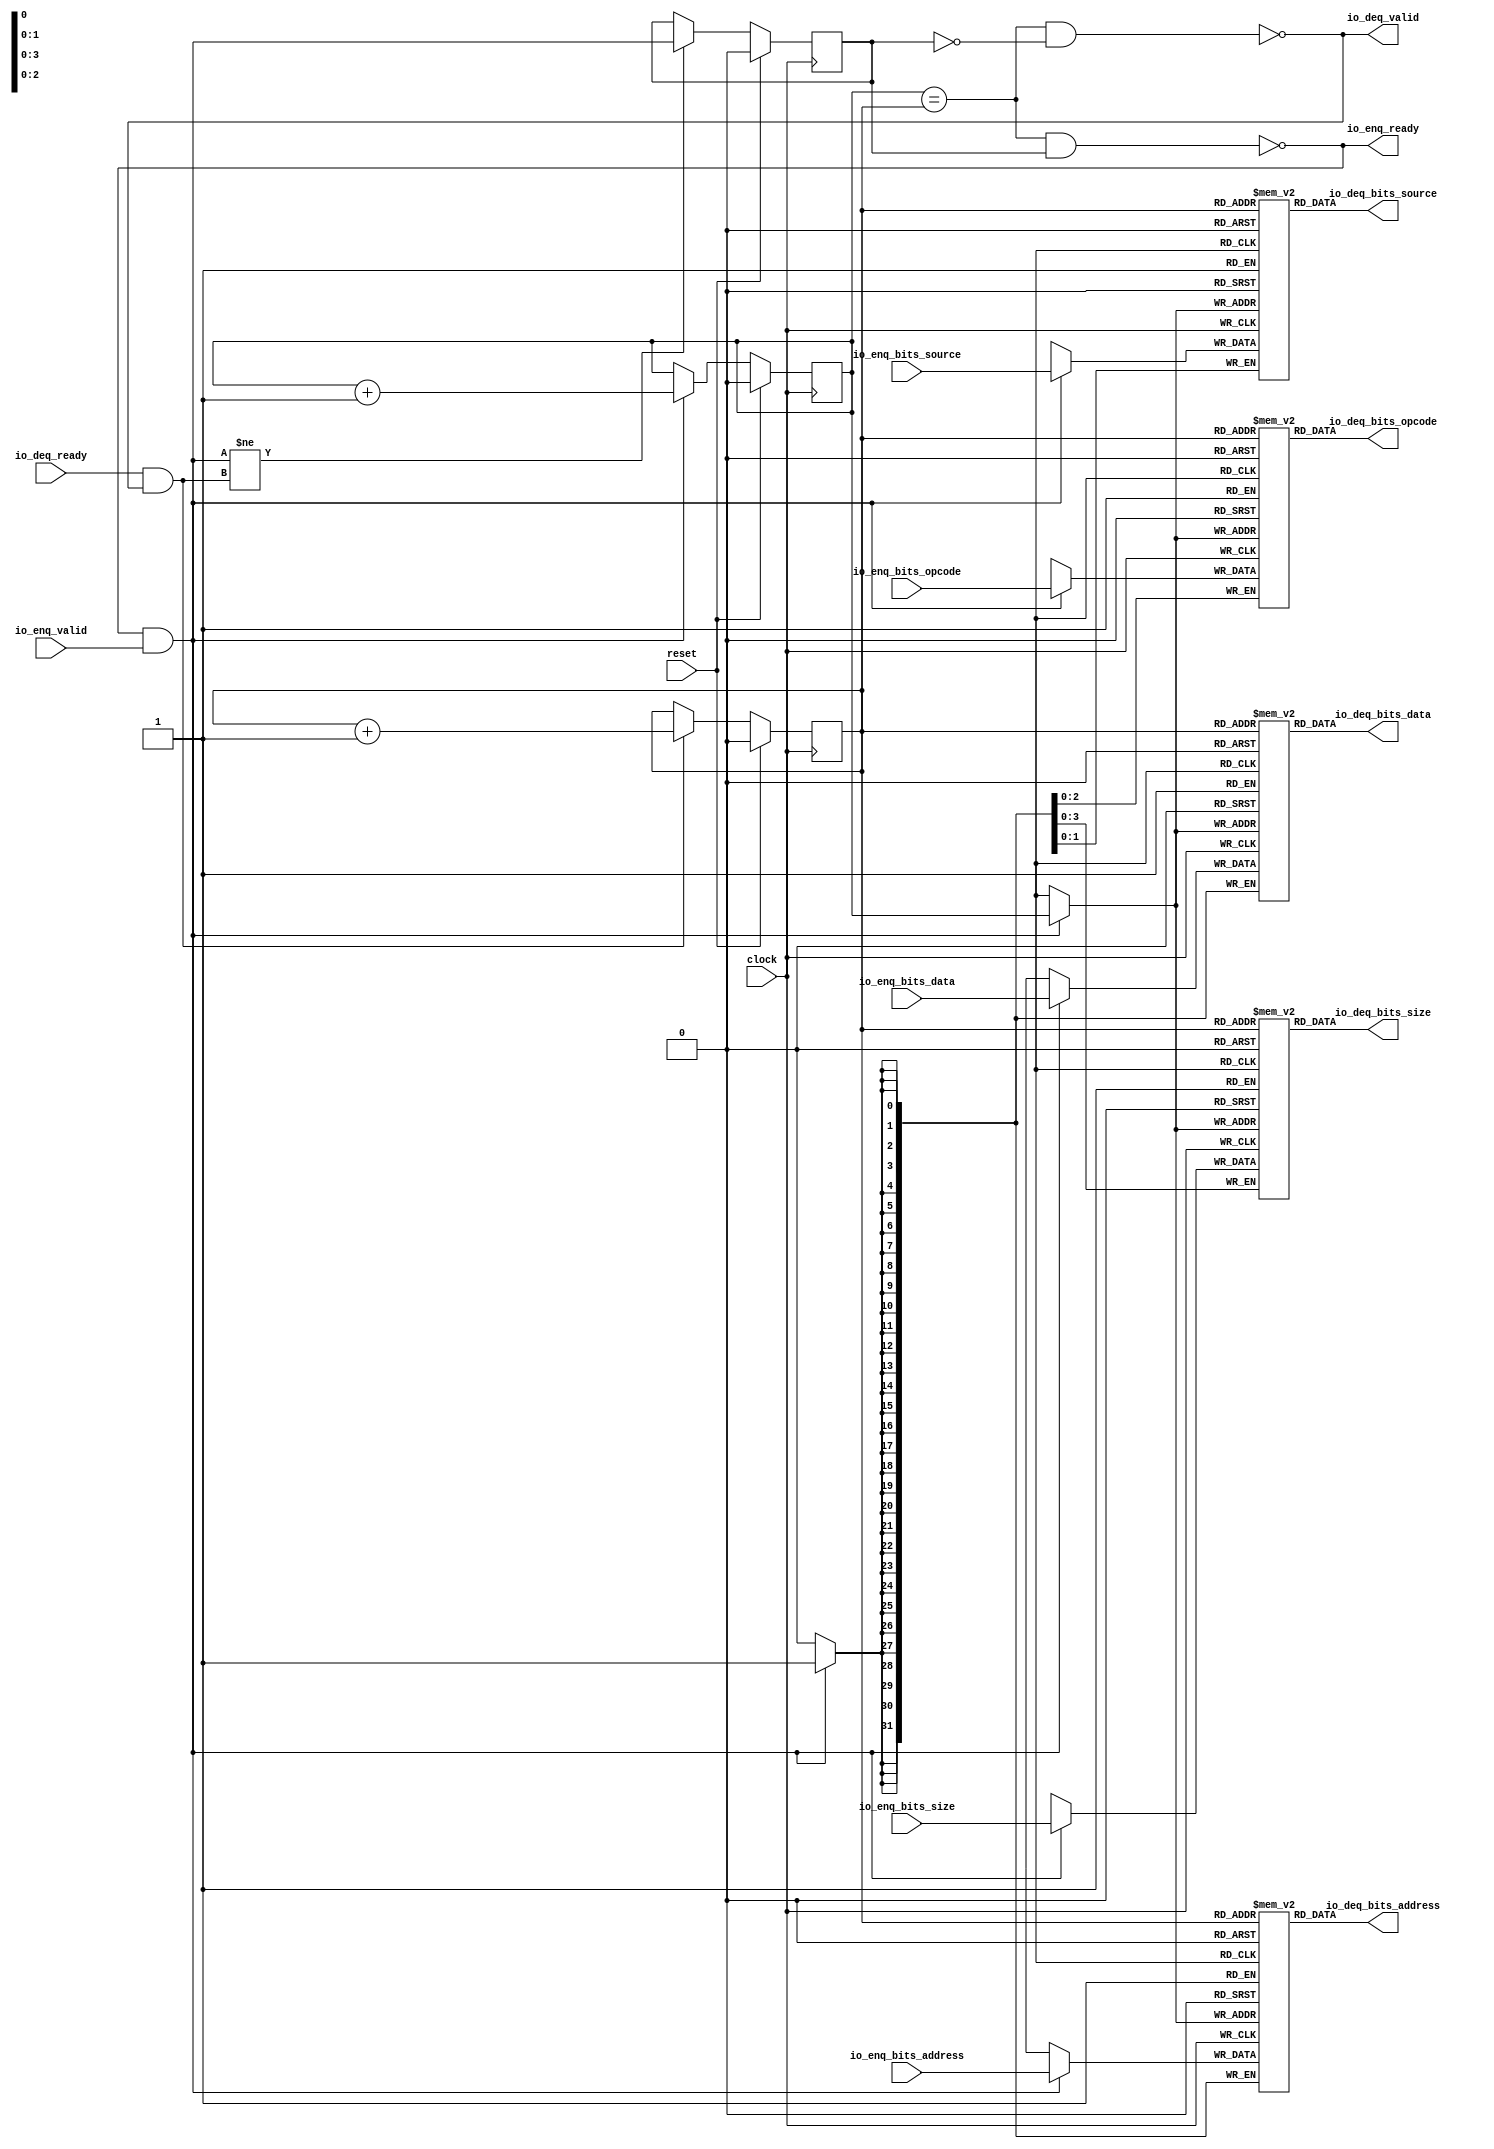
// Copyright (c) 2017, Microsemi Corporation
// All rights reserved.
//
// Redistribution and use in source and binary forms, with or without
// modification, are permitted provided that the following conditions are met:
//     * Redistributions of source code must retain the above copyright
//       notice, this list of conditions and the following disclaimer.
//     * Redistributions in binary form must reproduce the above copyright
//       notice, this list of conditions and the following disclaimer in the
//       documentation and/or other materials provided with the distribution.
//     * Neither the name of the <organization> nor the
//       names of its contributors may be used to endorse or promote products
//       derived from this software without specific prior written permission.
//
// THIS SOFTWARE IS PROVIDED BY THE COPYRIGHT HOLDERS AND CONTRIBUTORS "AS IS" AND
// ANY EXPRESS OR IMPLIED WARRANTIES, INCLUDING, BUT NOT LIMITED TO, THE IMPLIED
// WARRANTIES OF MERCHANTABILITY AND FITNESS FOR A PARTICULAR PURPOSE ARE
// DISCLAIMED. IN NO EVENT SHALL MICROSEMI CORPORATIONM BE LIABLE FOR ANY
// DIRECT, INDIRECT, INCIDENTAL, SPECIAL, EXEMPLARY, OR CONSEQUENTIAL DAMAGES
// (INCLUDING, BUT NOT LIMITED TO, PROCUREMENT OF SUBSTITUTE GOODS OR SERVICES;
// LOSS OF USE, DATA, OR PROFITS; OR BUSINESS INTERRUPTION) HOWEVER CAUSED AND
// ON ANY THEORY OF LIABILITY, WHETHER IN CONTRACT, STRICT LIABILITY, OR TORT
// (INCLUDING NEGLIGENCE OR OTHERWISE) ARISING IN ANY WAY OUT OF THE USE OF THIS
// SOFTWARE, EVEN IF ADVISED OF THE POSSIBILITY OF SUCH DAMAGE.
//
// APACHE LICENSE
// Copyright (c) 2017, Microsemi Corporation 
//
// Licensed under the Apache License, Version 2.0 (the "License");
// you may not use this file except in compliance with the License.
// You may obtain a copy of the License at
//
//    http://www.apache.org/licenses/LICENSE-2.0
//
// Unless required by applicable law or agreed to in writing, software
// distributed under the License is distributed on an "AS IS" BASIS,
// WITHOUT WARRANTIES OR CONDITIONS OF ANY KIND, either express or implied.
// See the License for the specific language governing permissions and
// limitations under the License.
//
// Description:
//
// SVN Revision Information:
// SVN $Revision: $
// SVN $Date: $
//
// Resolved SARs
// SAR      Date     Who   Description
//
// Notes:
//
// ****************************************************************************/
`ifndef RANDOMIZE_REG_INIT 
	 `define RANDOMIZE_REG_INIT 
 `endif
`ifndef RANDOMIZE_MEM_INIT 
	 `define RANDOMIZE_MEM_INIT 
 `endif
`ifndef RANDOMIZE 
	 `define RANDOMIZE 
`endif

`timescale 1ns/10ps
module MiV_AXI_MiV_AXI_0_MIV_RV32IMA_L1_AXI_QUEUE_14( // @[:freechips.rocketchip.system.MivRV32ImaL1AhbConfig.fir@106845.2]
  input         clock, // @[:freechips.rocketchip.system.MivRV32ImaL1AhbConfig.fir@106846.4]
  input         reset, // @[:freechips.rocketchip.system.MivRV32ImaL1AhbConfig.fir@106847.4]
  output        io_enq_ready, // @[:freechips.rocketchip.system.MivRV32ImaL1AhbConfig.fir@106848.4]
  input         io_enq_valid, // @[:freechips.rocketchip.system.MivRV32ImaL1AhbConfig.fir@106848.4]
  input  [2:0]  io_enq_bits_opcode, // @[:freechips.rocketchip.system.MivRV32ImaL1AhbConfig.fir@106848.4]
  input  [3:0]  io_enq_bits_size, // @[:freechips.rocketchip.system.MivRV32ImaL1AhbConfig.fir@106848.4]
  input  [1:0]  io_enq_bits_source, // @[:freechips.rocketchip.system.MivRV32ImaL1AhbConfig.fir@106848.4]
  input  [31:0] io_enq_bits_address, // @[:freechips.rocketchip.system.MivRV32ImaL1AhbConfig.fir@106848.4]
  input  [31:0] io_enq_bits_data, // @[:freechips.rocketchip.system.MivRV32ImaL1AhbConfig.fir@106848.4]
  input         io_deq_ready, // @[:freechips.rocketchip.system.MivRV32ImaL1AhbConfig.fir@106848.4]
  output        io_deq_valid, // @[:freechips.rocketchip.system.MivRV32ImaL1AhbConfig.fir@106848.4]
  output [2:0]  io_deq_bits_opcode, // @[:freechips.rocketchip.system.MivRV32ImaL1AhbConfig.fir@106848.4]
  output [3:0]  io_deq_bits_size, // @[:freechips.rocketchip.system.MivRV32ImaL1AhbConfig.fir@106848.4]
  output [1:0]  io_deq_bits_source, // @[:freechips.rocketchip.system.MivRV32ImaL1AhbConfig.fir@106848.4]
  output [31:0] io_deq_bits_address, // @[:freechips.rocketchip.system.MivRV32ImaL1AhbConfig.fir@106848.4]
  output [31:0] io_deq_bits_data // @[:freechips.rocketchip.system.MivRV32ImaL1AhbConfig.fir@106848.4]
);
  reg [2:0] ram_opcode [0:1] /* synthesis syn_ramstyle = "registers" */; // @[Decoupled.scala 211:24:freechips.rocketchip.system.MivRV32ImaL1AhbConfig.fir@106850.4]
  reg [31:0] _RAND_0;
  wire [2:0] ram_opcode__T_50_data; // @[Decoupled.scala 211:24:freechips.rocketchip.system.MivRV32ImaL1AhbConfig.fir@106850.4]
  wire  ram_opcode__T_50_addr; // @[Decoupled.scala 211:24:freechips.rocketchip.system.MivRV32ImaL1AhbConfig.fir@106850.4]
  wire [2:0] ram_opcode__T_36_data; // @[Decoupled.scala 211:24:freechips.rocketchip.system.MivRV32ImaL1AhbConfig.fir@106850.4]
  wire  ram_opcode__T_36_addr; // @[Decoupled.scala 211:24:freechips.rocketchip.system.MivRV32ImaL1AhbConfig.fir@106850.4]
  wire  ram_opcode__T_36_mask; // @[Decoupled.scala 211:24:freechips.rocketchip.system.MivRV32ImaL1AhbConfig.fir@106850.4]
  wire  ram_opcode__T_36_en; // @[Decoupled.scala 211:24:freechips.rocketchip.system.MivRV32ImaL1AhbConfig.fir@106850.4]
  reg [3:0] ram_size [0:1] /* synthesis syn_ramstyle = "registers" */; // @[Decoupled.scala 211:24:freechips.rocketchip.system.MivRV32ImaL1AhbConfig.fir@106850.4]
  reg [31:0] _RAND_1;
  wire [3:0] ram_size__T_50_data; // @[Decoupled.scala 211:24:freechips.rocketchip.system.MivRV32ImaL1AhbConfig.fir@106850.4]
  wire  ram_size__T_50_addr; // @[Decoupled.scala 211:24:freechips.rocketchip.system.MivRV32ImaL1AhbConfig.fir@106850.4]
  wire [3:0] ram_size__T_36_data; // @[Decoupled.scala 211:24:freechips.rocketchip.system.MivRV32ImaL1AhbConfig.fir@106850.4]
  wire  ram_size__T_36_addr; // @[Decoupled.scala 211:24:freechips.rocketchip.system.MivRV32ImaL1AhbConfig.fir@106850.4]
  wire  ram_size__T_36_mask; // @[Decoupled.scala 211:24:freechips.rocketchip.system.MivRV32ImaL1AhbConfig.fir@106850.4]
  wire  ram_size__T_36_en; // @[Decoupled.scala 211:24:freechips.rocketchip.system.MivRV32ImaL1AhbConfig.fir@106850.4]
  reg [1:0] ram_source [0:1] /* synthesis syn_ramstyle = "registers" */; // @[Decoupled.scala 211:24:freechips.rocketchip.system.MivRV32ImaL1AhbConfig.fir@106850.4]
  reg [31:0] _RAND_2;
  wire [1:0] ram_source__T_50_data; // @[Decoupled.scala 211:24:freechips.rocketchip.system.MivRV32ImaL1AhbConfig.fir@106850.4]
  wire  ram_source__T_50_addr; // @[Decoupled.scala 211:24:freechips.rocketchip.system.MivRV32ImaL1AhbConfig.fir@106850.4]
  wire [1:0] ram_source__T_36_data; // @[Decoupled.scala 211:24:freechips.rocketchip.system.MivRV32ImaL1AhbConfig.fir@106850.4]
  wire  ram_source__T_36_addr; // @[Decoupled.scala 211:24:freechips.rocketchip.system.MivRV32ImaL1AhbConfig.fir@106850.4]
  wire  ram_source__T_36_mask; // @[Decoupled.scala 211:24:freechips.rocketchip.system.MivRV32ImaL1AhbConfig.fir@106850.4]
  wire  ram_source__T_36_en; // @[Decoupled.scala 211:24:freechips.rocketchip.system.MivRV32ImaL1AhbConfig.fir@106850.4]
  reg [31:0] ram_address [0:1] /* synthesis syn_ramstyle = "registers" */; // @[Decoupled.scala 211:24:freechips.rocketchip.system.MivRV32ImaL1AhbConfig.fir@106850.4]
  reg [31:0] _RAND_3;
  wire [31:0] ram_address__T_50_data; // @[Decoupled.scala 211:24:freechips.rocketchip.system.MivRV32ImaL1AhbConfig.fir@106850.4]
  wire  ram_address__T_50_addr; // @[Decoupled.scala 211:24:freechips.rocketchip.system.MivRV32ImaL1AhbConfig.fir@106850.4]
  wire [31:0] ram_address__T_36_data; // @[Decoupled.scala 211:24:freechips.rocketchip.system.MivRV32ImaL1AhbConfig.fir@106850.4]
  wire  ram_address__T_36_addr; // @[Decoupled.scala 211:24:freechips.rocketchip.system.MivRV32ImaL1AhbConfig.fir@106850.4]
  wire  ram_address__T_36_mask; // @[Decoupled.scala 211:24:freechips.rocketchip.system.MivRV32ImaL1AhbConfig.fir@106850.4]
  wire  ram_address__T_36_en; // @[Decoupled.scala 211:24:freechips.rocketchip.system.MivRV32ImaL1AhbConfig.fir@106850.4]
  reg [31:0] ram_data [0:1] /* synthesis syn_ramstyle = "registers" */; // @[Decoupled.scala 211:24:freechips.rocketchip.system.MivRV32ImaL1AhbConfig.fir@106850.4]
  reg [31:0] _RAND_4;
  wire [31:0] ram_data__T_50_data; // @[Decoupled.scala 211:24:freechips.rocketchip.system.MivRV32ImaL1AhbConfig.fir@106850.4]
  wire  ram_data__T_50_addr; // @[Decoupled.scala 211:24:freechips.rocketchip.system.MivRV32ImaL1AhbConfig.fir@106850.4]
  wire [31:0] ram_data__T_36_data; // @[Decoupled.scala 211:24:freechips.rocketchip.system.MivRV32ImaL1AhbConfig.fir@106850.4]
  wire  ram_data__T_36_addr; // @[Decoupled.scala 211:24:freechips.rocketchip.system.MivRV32ImaL1AhbConfig.fir@106850.4]
  wire  ram_data__T_36_mask; // @[Decoupled.scala 211:24:freechips.rocketchip.system.MivRV32ImaL1AhbConfig.fir@106850.4]
  wire  ram_data__T_36_en; // @[Decoupled.scala 211:24:freechips.rocketchip.system.MivRV32ImaL1AhbConfig.fir@106850.4]
  reg  value; // @[Counter.scala 26:33:freechips.rocketchip.system.MivRV32ImaL1AhbConfig.fir@106851.4]
  reg [31:0] _RAND_5;
  reg  value_1; // @[Counter.scala 26:33:freechips.rocketchip.system.MivRV32ImaL1AhbConfig.fir@106852.4]
  reg [31:0] _RAND_6;
  reg  maybe_full; // @[Decoupled.scala 214:35:freechips.rocketchip.system.MivRV32ImaL1AhbConfig.fir@106853.4]
  reg [31:0] _RAND_7;
  wire  _T_28; // @[Decoupled.scala 216:41:freechips.rocketchip.system.MivRV32ImaL1AhbConfig.fir@106854.4]
  wire  _T_30; // @[Decoupled.scala 217:36:freechips.rocketchip.system.MivRV32ImaL1AhbConfig.fir@106855.4]
  wire  empty; // @[Decoupled.scala 217:33:freechips.rocketchip.system.MivRV32ImaL1AhbConfig.fir@106856.4]
  wire  _T_31; // @[Decoupled.scala 218:32:freechips.rocketchip.system.MivRV32ImaL1AhbConfig.fir@106857.4]
  wire  do_enq; // @[Decoupled.scala 30:37:freechips.rocketchip.system.MivRV32ImaL1AhbConfig.fir@106858.4]
  wire  do_deq; // @[Decoupled.scala 30:37:freechips.rocketchip.system.MivRV32ImaL1AhbConfig.fir@106861.4]
  wire [1:0] _T_39; // @[Counter.scala 35:22:freechips.rocketchip.system.MivRV32ImaL1AhbConfig.fir@106874.6]
  wire  _T_40; // @[Counter.scala 35:22:freechips.rocketchip.system.MivRV32ImaL1AhbConfig.fir@106875.6]
  wire  _GEN_10; // @[Decoupled.scala 222:17:freechips.rocketchip.system.MivRV32ImaL1AhbConfig.fir@106864.4]
  wire [1:0] _T_43; // @[Counter.scala 35:22:freechips.rocketchip.system.MivRV32ImaL1AhbConfig.fir@106880.6]
  wire  _T_44; // @[Counter.scala 35:22:freechips.rocketchip.system.MivRV32ImaL1AhbConfig.fir@106881.6]
  wire  _GEN_11; // @[Decoupled.scala 226:17:freechips.rocketchip.system.MivRV32ImaL1AhbConfig.fir@106878.4]
  wire  _T_45; // @[Decoupled.scala 229:16:freechips.rocketchip.system.MivRV32ImaL1AhbConfig.fir@106884.4]
  wire  _GEN_12; // @[Decoupled.scala 229:27:freechips.rocketchip.system.MivRV32ImaL1AhbConfig.fir@106885.4]
  wire  _T_47; // @[Decoupled.scala 233:19:freechips.rocketchip.system.MivRV32ImaL1AhbConfig.fir@106888.4]
  wire  _T_49; // @[Decoupled.scala 234:19:freechips.rocketchip.system.MivRV32ImaL1AhbConfig.fir@106890.4]
  assign ram_opcode__T_50_addr = value_1;
  assign ram_opcode__T_50_data = ram_opcode[ram_opcode__T_50_addr]; // @[Decoupled.scala 211:24:freechips.rocketchip.system.MivRV32ImaL1AhbConfig.fir@106850.4]
  assign ram_opcode__T_36_data = io_enq_bits_opcode;
  assign ram_opcode__T_36_addr = value;
  assign ram_opcode__T_36_mask = do_enq;
  assign ram_opcode__T_36_en = do_enq;
  assign ram_size__T_50_addr = value_1;
  assign ram_size__T_50_data = ram_size[ram_size__T_50_addr]; // @[Decoupled.scala 211:24:freechips.rocketchip.system.MivRV32ImaL1AhbConfig.fir@106850.4]
  assign ram_size__T_36_data = io_enq_bits_size;
  assign ram_size__T_36_addr = value;
  assign ram_size__T_36_mask = do_enq;
  assign ram_size__T_36_en = do_enq;
  assign ram_source__T_50_addr = value_1;
  assign ram_source__T_50_data = ram_source[ram_source__T_50_addr]; // @[Decoupled.scala 211:24:freechips.rocketchip.system.MivRV32ImaL1AhbConfig.fir@106850.4]
  assign ram_source__T_36_data = io_enq_bits_source;
  assign ram_source__T_36_addr = value;
  assign ram_source__T_36_mask = do_enq;
  assign ram_source__T_36_en = do_enq;
  assign ram_address__T_50_addr = value_1;
  assign ram_address__T_50_data = ram_address[ram_address__T_50_addr]; // @[Decoupled.scala 211:24:freechips.rocketchip.system.MivRV32ImaL1AhbConfig.fir@106850.4]
  assign ram_address__T_36_data = io_enq_bits_address;
  assign ram_address__T_36_addr = value;
  assign ram_address__T_36_mask = do_enq;
  assign ram_address__T_36_en = do_enq;
  assign ram_data__T_50_addr = value_1;
  assign ram_data__T_50_data = ram_data[ram_data__T_50_addr]; // @[Decoupled.scala 211:24:freechips.rocketchip.system.MivRV32ImaL1AhbConfig.fir@106850.4]
  assign ram_data__T_36_data = io_enq_bits_data;
  assign ram_data__T_36_addr = value;
  assign ram_data__T_36_mask = do_enq;
  assign ram_data__T_36_en = do_enq;
  assign _T_28 = value == value_1; // @[Decoupled.scala 216:41:freechips.rocketchip.system.MivRV32ImaL1AhbConfig.fir@106854.4]
  assign _T_30 = maybe_full == 1'h0; // @[Decoupled.scala 217:36:freechips.rocketchip.system.MivRV32ImaL1AhbConfig.fir@106855.4]
  assign empty = _T_28 & _T_30; // @[Decoupled.scala 217:33:freechips.rocketchip.system.MivRV32ImaL1AhbConfig.fir@106856.4]
  assign _T_31 = _T_28 & maybe_full; // @[Decoupled.scala 218:32:freechips.rocketchip.system.MivRV32ImaL1AhbConfig.fir@106857.4]
  assign do_enq = io_enq_ready & io_enq_valid; // @[Decoupled.scala 30:37:freechips.rocketchip.system.MivRV32ImaL1AhbConfig.fir@106858.4]
  assign do_deq = io_deq_ready & io_deq_valid; // @[Decoupled.scala 30:37:freechips.rocketchip.system.MivRV32ImaL1AhbConfig.fir@106861.4]
  assign _T_39 = value + 1'h1; // @[Counter.scala 35:22:freechips.rocketchip.system.MivRV32ImaL1AhbConfig.fir@106874.6]
  assign _T_40 = _T_39[0:0]; // @[Counter.scala 35:22:freechips.rocketchip.system.MivRV32ImaL1AhbConfig.fir@106875.6]
  assign _GEN_10 = do_enq ? _T_40 : value; // @[Decoupled.scala 222:17:freechips.rocketchip.system.MivRV32ImaL1AhbConfig.fir@106864.4]
  assign _T_43 = value_1 + 1'h1; // @[Counter.scala 35:22:freechips.rocketchip.system.MivRV32ImaL1AhbConfig.fir@106880.6]
  assign _T_44 = _T_43[0:0]; // @[Counter.scala 35:22:freechips.rocketchip.system.MivRV32ImaL1AhbConfig.fir@106881.6]
  assign _GEN_11 = do_deq ? _T_44 : value_1; // @[Decoupled.scala 226:17:freechips.rocketchip.system.MivRV32ImaL1AhbConfig.fir@106878.4]
  assign _T_45 = do_enq != do_deq; // @[Decoupled.scala 229:16:freechips.rocketchip.system.MivRV32ImaL1AhbConfig.fir@106884.4]
  assign _GEN_12 = _T_45 ? do_enq : maybe_full; // @[Decoupled.scala 229:27:freechips.rocketchip.system.MivRV32ImaL1AhbConfig.fir@106885.4]
  assign _T_47 = empty == 1'h0; // @[Decoupled.scala 233:19:freechips.rocketchip.system.MivRV32ImaL1AhbConfig.fir@106888.4]
  assign _T_49 = _T_31 == 1'h0; // @[Decoupled.scala 234:19:freechips.rocketchip.system.MivRV32ImaL1AhbConfig.fir@106890.4]
  assign io_enq_ready = _T_49;
  assign io_deq_valid = _T_47;
  assign io_deq_bits_opcode = ram_opcode__T_50_data;
  assign io_deq_bits_size = ram_size__T_50_data;
  assign io_deq_bits_source = ram_source__T_50_data;
  assign io_deq_bits_address = ram_address__T_50_data;
  assign io_deq_bits_data = ram_data__T_50_data;
`ifdef RANDOMIZE
  integer initvar;
  initial begin
    `ifndef verilator
      #0.002 begin end
    `endif
  _RAND_0 = {1{32'b0}};
  `ifdef RANDOMIZE_MEM_INIT
  for (initvar = 0; initvar < 2; initvar = initvar+1)
    ram_opcode[initvar] = _RAND_0[2:0];
  `endif // RANDOMIZE_MEM_INIT
  _RAND_1 = {1{32'b0}};
  `ifdef RANDOMIZE_MEM_INIT
  for (initvar = 0; initvar < 2; initvar = initvar+1)
    ram_size[initvar] = _RAND_1[3:0];
  `endif // RANDOMIZE_MEM_INIT
  _RAND_2 = {1{32'b0}};
  `ifdef RANDOMIZE_MEM_INIT
  for (initvar = 0; initvar < 2; initvar = initvar+1)
    ram_source[initvar] = _RAND_2[1:0];
  `endif // RANDOMIZE_MEM_INIT
  _RAND_3 = {1{32'b0}};
  `ifdef RANDOMIZE_MEM_INIT
  for (initvar = 0; initvar < 2; initvar = initvar+1)
    ram_address[initvar] = _RAND_3[31:0];
  `endif // RANDOMIZE_MEM_INIT
  _RAND_4 = {1{32'b0}};
  `ifdef RANDOMIZE_MEM_INIT
  for (initvar = 0; initvar < 2; initvar = initvar+1)
    ram_data[initvar] = _RAND_4[31:0];
  `endif // RANDOMIZE_MEM_INIT
  `ifdef RANDOMIZE_REG_INIT
  _RAND_5 = {1{32'b0}};
  value = _RAND_5[0:0];
  `endif // RANDOMIZE_REG_INIT
  `ifdef RANDOMIZE_REG_INIT
  _RAND_6 = {1{32'b0}};
  value_1 = _RAND_6[0:0];
  `endif // RANDOMIZE_REG_INIT
  `ifdef RANDOMIZE_REG_INIT
  _RAND_7 = {1{32'b0}};
  maybe_full = _RAND_7[0:0];
  `endif // RANDOMIZE_REG_INIT
  end
`endif // RANDOMIZE
  always @(posedge clock) begin
    if(ram_opcode__T_36_en & ram_opcode__T_36_mask) begin
      ram_opcode[ram_opcode__T_36_addr] <= ram_opcode__T_36_data; // @[Decoupled.scala 211:24:freechips.rocketchip.system.MivRV32ImaL1AhbConfig.fir@106850.4]
    end
    if(ram_size__T_36_en & ram_size__T_36_mask) begin
      ram_size[ram_size__T_36_addr] <= ram_size__T_36_data; // @[Decoupled.scala 211:24:freechips.rocketchip.system.MivRV32ImaL1AhbConfig.fir@106850.4]
    end
    if(ram_source__T_36_en & ram_source__T_36_mask) begin
      ram_source[ram_source__T_36_addr] <= ram_source__T_36_data; // @[Decoupled.scala 211:24:freechips.rocketchip.system.MivRV32ImaL1AhbConfig.fir@106850.4]
    end
    if(ram_address__T_36_en & ram_address__T_36_mask) begin
      ram_address[ram_address__T_36_addr] <= ram_address__T_36_data; // @[Decoupled.scala 211:24:freechips.rocketchip.system.MivRV32ImaL1AhbConfig.fir@106850.4]
    end
    if(ram_data__T_36_en & ram_data__T_36_mask) begin
      ram_data[ram_data__T_36_addr] <= ram_data__T_36_data; // @[Decoupled.scala 211:24:freechips.rocketchip.system.MivRV32ImaL1AhbConfig.fir@106850.4]
    end
    if (reset) begin
      value <= 1'h0;
    end else begin
      if (do_enq) begin
        value <= _T_40;
      end
    end
    if (reset) begin
      value_1 <= 1'h0;
    end else begin
      if (do_deq) begin
        value_1 <= _T_44;
      end
    end
    if (reset) begin
      maybe_full <= 1'h0;
    end else begin
      if (_T_45) begin
        maybe_full <= do_enq;
      end
    end
  end
endmodule